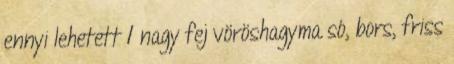
ennyi lehetett 1 nagy fej vöröshagyma só, bors, friss